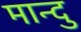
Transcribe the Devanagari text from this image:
मान्दु